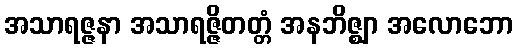
အသာရဇ္ဇနာ အသာရဇ္ဇိတတ္တံ အနဘိဇ္ဈာ အလောဘော